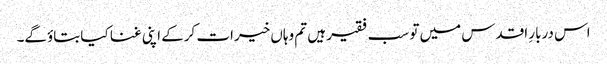
اس دربارِ اقدس میں تو سب فقیر ہیں تم وہاں خیرات کرکے اپنی غنا کیا بتاؤگے۔